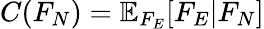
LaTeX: C(F_{N})=\mathbb{E}_{F_{E}}[F_{E}|F_{N}]